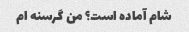
شام آماده است؟ من گرسنه ام